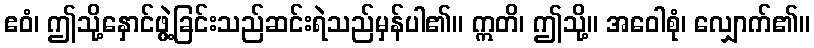
ဧဝံ၊ ဤသို့နှောင်ဖွဲ့ခြင်းသည်ဆင်းရဲသည်မှန်ပါ၏။ ဣတိ၊ ဤသို့။ အဝေါစုံ၊ လျှောက်၏။